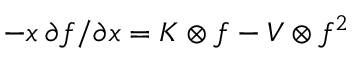
- x \: \partial f / \partial x = K \otimes f - V \otimes f ^ { 2 }